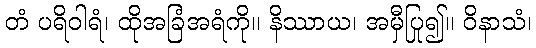
တံ ပရိဝါရံ၊ ထိုအခြံအရံကို။ နိဿာယ၊ အမှီပြု၍။ ဝိနာသံ၊